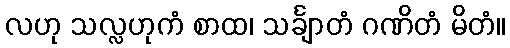
လဟု သလ္လဟုကံ စာထ၊ သင်္ချာတံ ဂဏိတံ မိတံ။